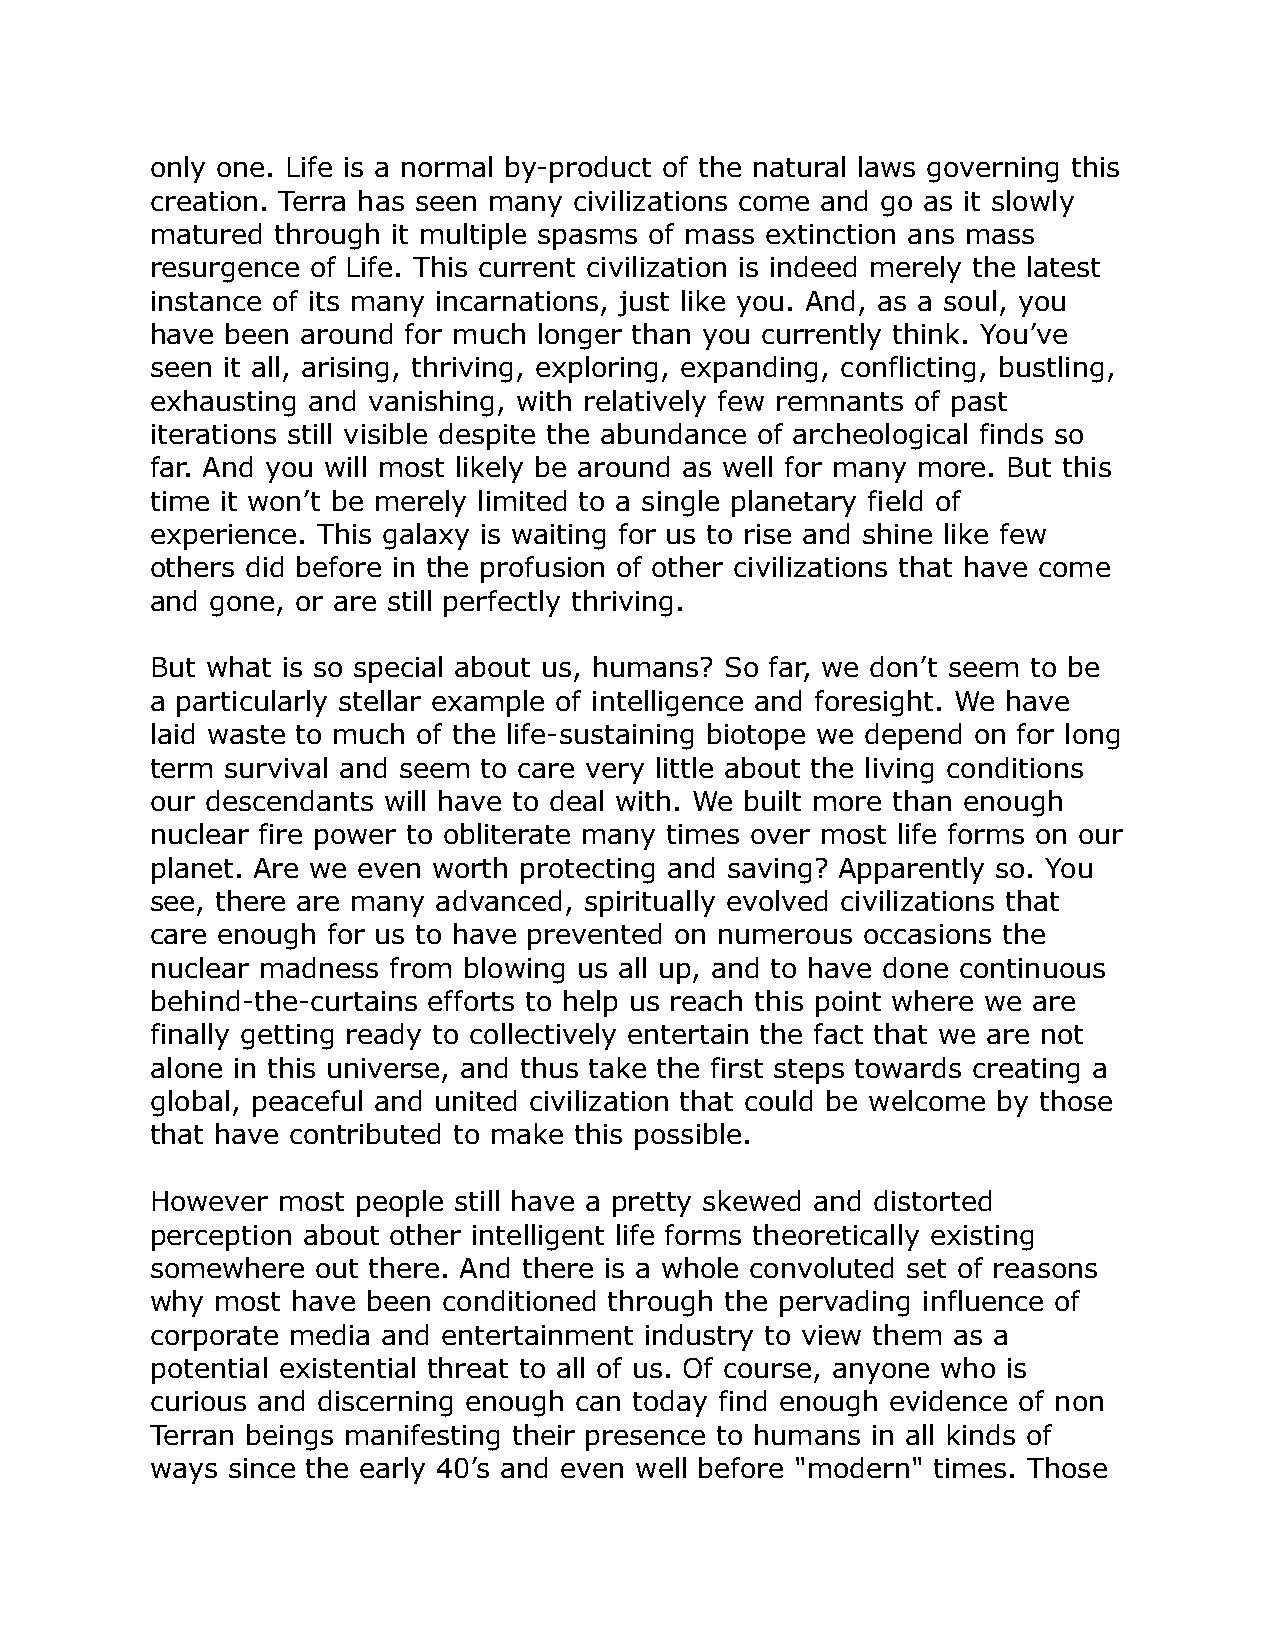
only one. Life is a normal by-product of the natural laws governing this
 creation. Terra has seen many civilizations come and go as it slowly
 matured through it multiple spasms of mass extinction ans mass
 resurgence of Life. This current civilization is indeed merely the latest
 instance of its many incarnations, just like you. And, as a soul, you
 have been around for much longer than you currently think. You’ve
 seen it all, arising, thriving, exploring, expanding, conflicting, bustling,
 exhausting and vanishing, with relatively few remnants of past
 iterations still visible despite the abundance of archeological finds so
 far. And you will most likely be around as well for many more. But this
 time it won’t be merely limited to a single planetary field of
 experience. This galaxy is waiting for us to rise and shine like few
 others did before in the profusion of other civilizations that have come
 and gone, or are still perfectly thriving.
 But what is so special about us, humans? So far, we don’t seem to be
 a particularly stellar example of intelligence and foresight. We have
 laid waste to much of the life-sustaining biotope we depend on for long
 term survival and seem to care very little about the living conditions
 our descendants will have to deal with. We built more than enough
 nuclear fire power to obliterate many times over most life forms on our
 planet. Are we even worth protecting and saving? Apparently so. You
 see, there are many advanced, spiritually evolved civilizations that
 care enough for us to have prevented on numerous occasions the
 nuclear madness from blowing us all up, and to have done continuous
 behind-the-curtains efforts to help us reach this point where we are
 finally getting ready to collectively entertain the fact that we are not
 alone in this universe, and thus take the first steps towards creating a
 global, peaceful and united civilization that could be welcome by those
 that have contributed to make this possible.
 However most  people still have a pretty skewed and distorted
 perception about other intelligent life forms theoretically existing
 somewhere  out there. And there is a whole convoluted set of reasons
 why most have been conditioned through the pervading influence of
 corporate media and entertainment industry to view them as a
 potential existential threat to all of us. Of course, anyone who is
 curious and discerning enough can today find enough evidence of non
 Terran beings manifesting their presence to humans in all kinds of
 ways since the early 40’s and even well before "modern" times. Those